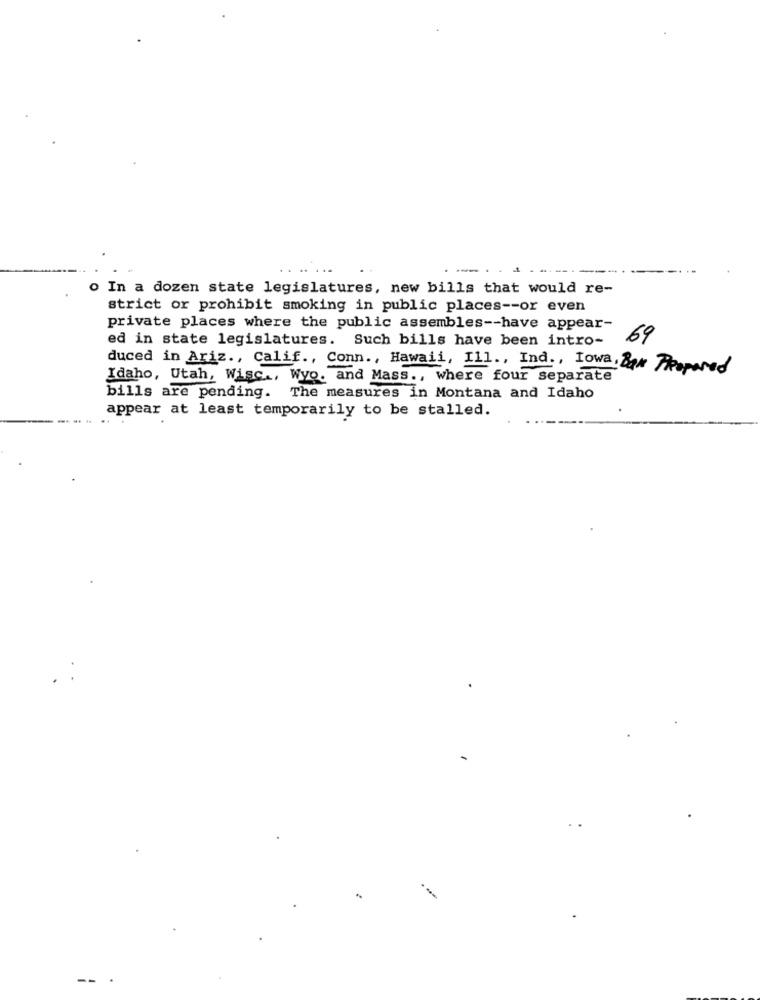
o In a dozen state legislatures, new bills that would re-
strict or prohibit smoking in public places -- or even
private places where the public assembles -- have appear-
ed in state legislatures. Such bills have been intro-
69
duced in Ariz ., Calif ., Conn ., Hawaii, Ill ., Ind ., Iowa, Bax Prepared
Idaho, Utah, Wisc ., Wyo. and Mass ., where four separate
bills are pending. The measures in Montana and Idaho
appear at least temporarily to be stalled.
-
--